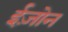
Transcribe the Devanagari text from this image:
ईज़ोन